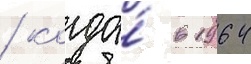
/ когда́ в 1964